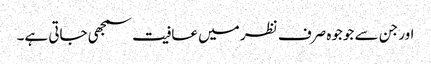
اور جن سے جوجوہ صرف نظر میں عافیت سمجھی جاتی ہے۔